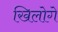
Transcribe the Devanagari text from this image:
खिलोगे